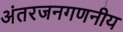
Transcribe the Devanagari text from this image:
अंतरजनगणनीय